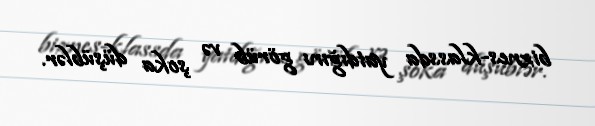
biznes-klassda yatdığını görüb və şoka düşüblər.